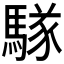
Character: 𮪑